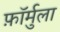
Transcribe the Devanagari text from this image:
फ़ॉर्मुला